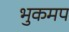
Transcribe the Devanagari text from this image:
भुकमप